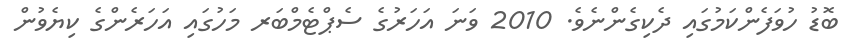
ބޮޑު ހުވަފެންކަމުގައި ދެކިގެންނެވެ. 2010 ވަނަ އަހަރުގެ ސެޕްޓެމްބަރ މަހުގައި އަހަރެންގެ ކިޔެވުން